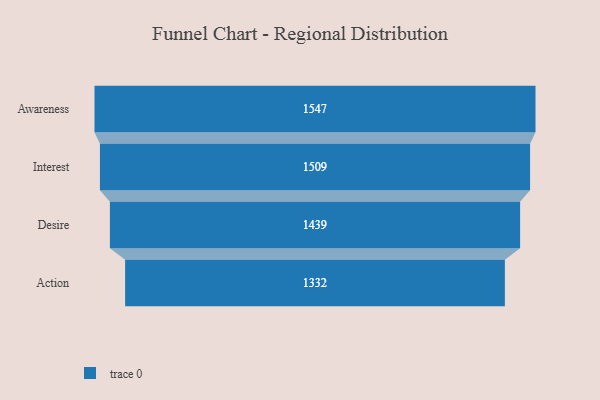
{"axis": {"x": "Stage", "y": "Value"}, "legend": [""], "data": [{"x": "Awareness", "y": 1547.0, "type": ""}, {"x": "Interest", "y": 1509.0, "type": ""}, {"x": "Desire", "y": 1439.0, "type": ""}, {"x": "Action", "y": 1332.0, "type": ""}]}